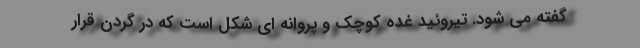
گفته می شود. تیروئید غده کوچک و پروانه ای شکل است که در گردن قرار